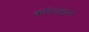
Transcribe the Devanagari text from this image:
कोपेनहावर